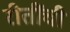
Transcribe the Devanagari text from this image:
रीतींची